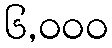
၆,၀၀၀